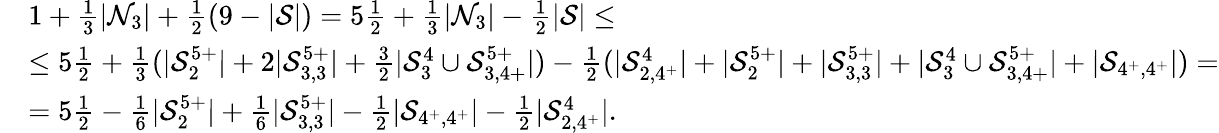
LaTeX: \begin{array}{rl}&{1+\frac 13|\mathcal{N}_{3}|+\frac 12(9-|\mathcal{S}|)=5\frac 12+\frac 13|\mathcal{N}_{3}|-\frac 12|\mathcal{S}|\leq}\\ &{\leq 5\frac 12+\frac 13(|\mathcal{S}_{2}^{5+}|+2|\mathcal{S}_{3,3}^{5+}|+\frac 32|\mathcal{S}_{3}^{4}\cup\mathcal{S}_{3,4+}^{5+}|)-\frac 12(|\mathcal{S}_{2,4^{+}}^{4}|+|\mathcal{S}_{2}^{5+}|+|\mathcal{S}_{3,3}^{5+}|+|\mathcal{S}_{3}^{4}\cup\mathcal{S}_{3,4+}^{5+}|+|\mathcal{S}_{4^{+},4^{+}}|)=}\\ &{=5\frac 12-\frac 16|\mathcal{S}_{2}^{5+}|+\frac 16|\mathcal{S}_{3,3}^{5+}|-\frac 12|\mathcal{S}_{4^{+},4^{+}}|-\frac 12|\mathcal{S}_{2,4^{+}}^{4}|.}\end{array}